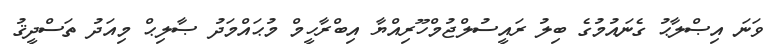
ވަނަ އިޞްލާޙު ގެނައުމުގެ ބިލު ރައީސުލްޖުމްހޫރިއްޔާ އިބްރާހީމް މުޙައްމަދު ޞާލިޙް މިއަދު ތަސްދީޤު